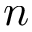
n